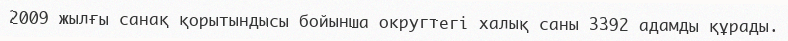
2009 жылғы санақ қорытындысы бойынша округтегі халық саны 3392 адамды құрады.